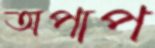
অপাপ